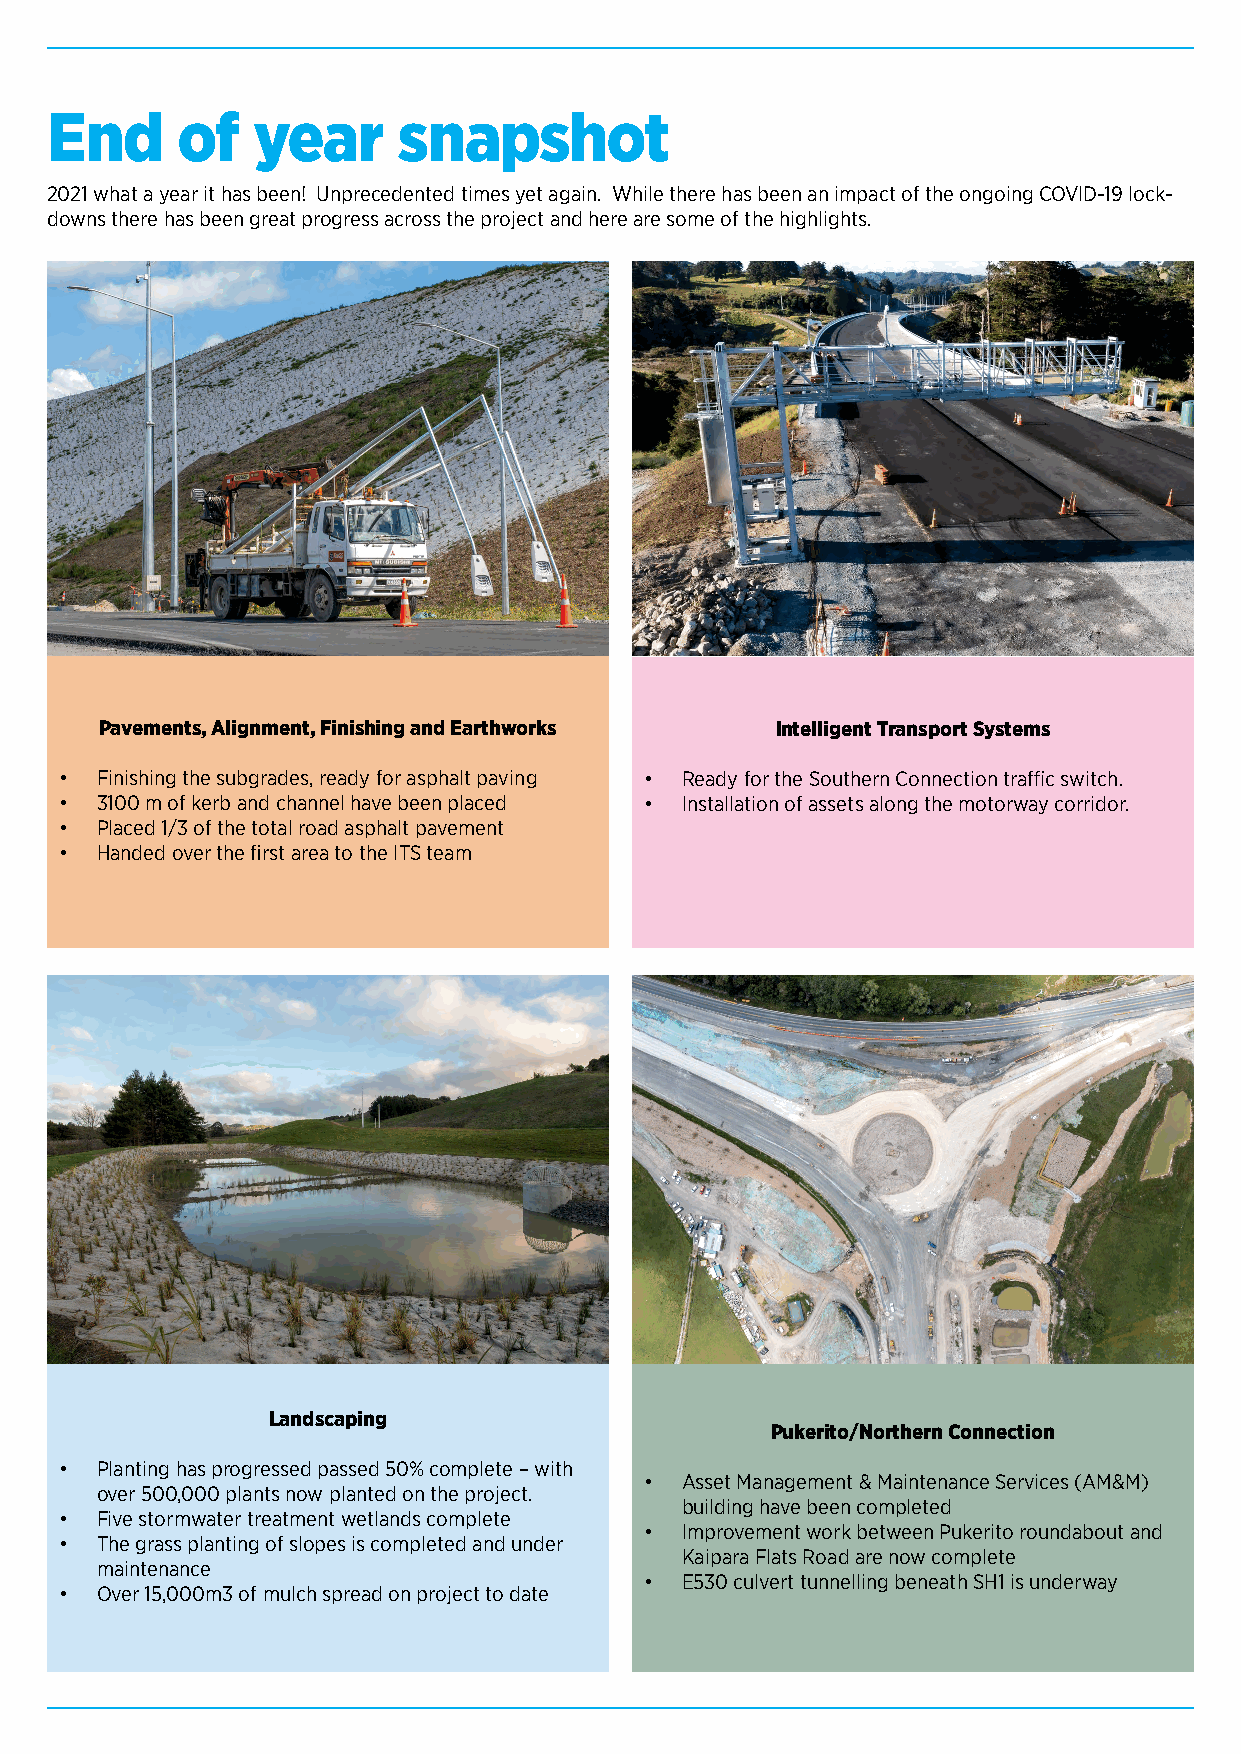
End      of   year     snapshot
 2021 what a year it has been! Unprecedented times yet again. While there has been an impact of the ongoing COVID-19 lock-
 downs there has been great progress across the project and here are some of the highlights.
 Pavements, Alignment, Finishing and Earthworks Intelligent Transport Systems
 • Finishing the subgrades, ready for asphalt paving • Ready for the Southern Connection traffic switch.
 • 3100 m of kerb and channel have been placed • Installation of assets along the motorway corridor.
 • Placed 1/3 of the total road asphalt pavement
 • Handed over the first area to the ITS team
 Landscaping
 Pukerito/Northern Connection
 • Planting has progressed passed 50% complete – with
 • Asset Management & Maintenance Services (AM&M)
 over 500,000 plants now planted on the project.
 building have been completed
 • Five stormwater treatment wetlands complete
 • Improvement work between Pukerito roundabout and
 • The grass planting of slopes is completed and under
 Kaipara Flats Road are now complete
 maintenance
 • E530 culvert tunnelling beneath SH1 is underway
 • Over 15,000m3 of mulch spread on project to date